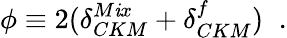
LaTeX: \phi\equiv2(\delta_{CKM}^{M\mathit{i}x}+\delta_{CKM}^{f})\; \; .